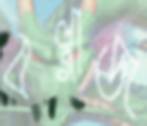
বল্গাজ